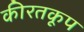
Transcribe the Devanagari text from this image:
कीरतकूप